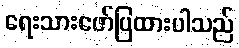
ရေးသားဖော်ပြထားပါသည်